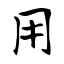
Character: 用